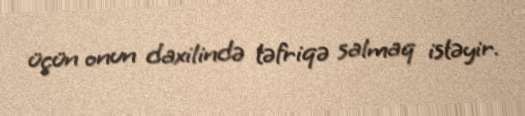
üçün onun daxilində təfriqə salmaq istəyir.